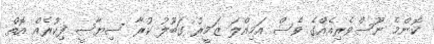
ކޮންމެ ނޫސްވެރިއެއްގެ ވެސް އަމިއްލަ ޒަމީރު ގަބޫލު ކުރާ ސިޔާސީ ފިކުރެއް އޮތް